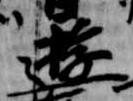
遊